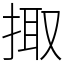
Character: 掫